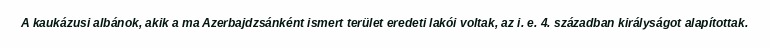
A kaukázusi albánok, akik a ma Azerbajdzsánként ismert terület eredeti lakói voltak, az i. e. 4. században királyságot alapítottak.